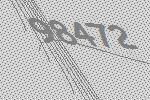
98472